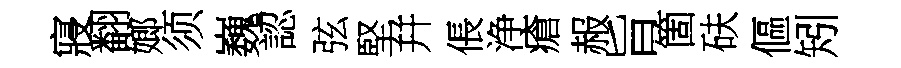
寢翻嫏须巍認弦堅幷倀浄瘡赧旨箇砆傴矧